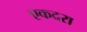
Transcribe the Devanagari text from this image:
एकदरा